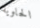
الحاوية